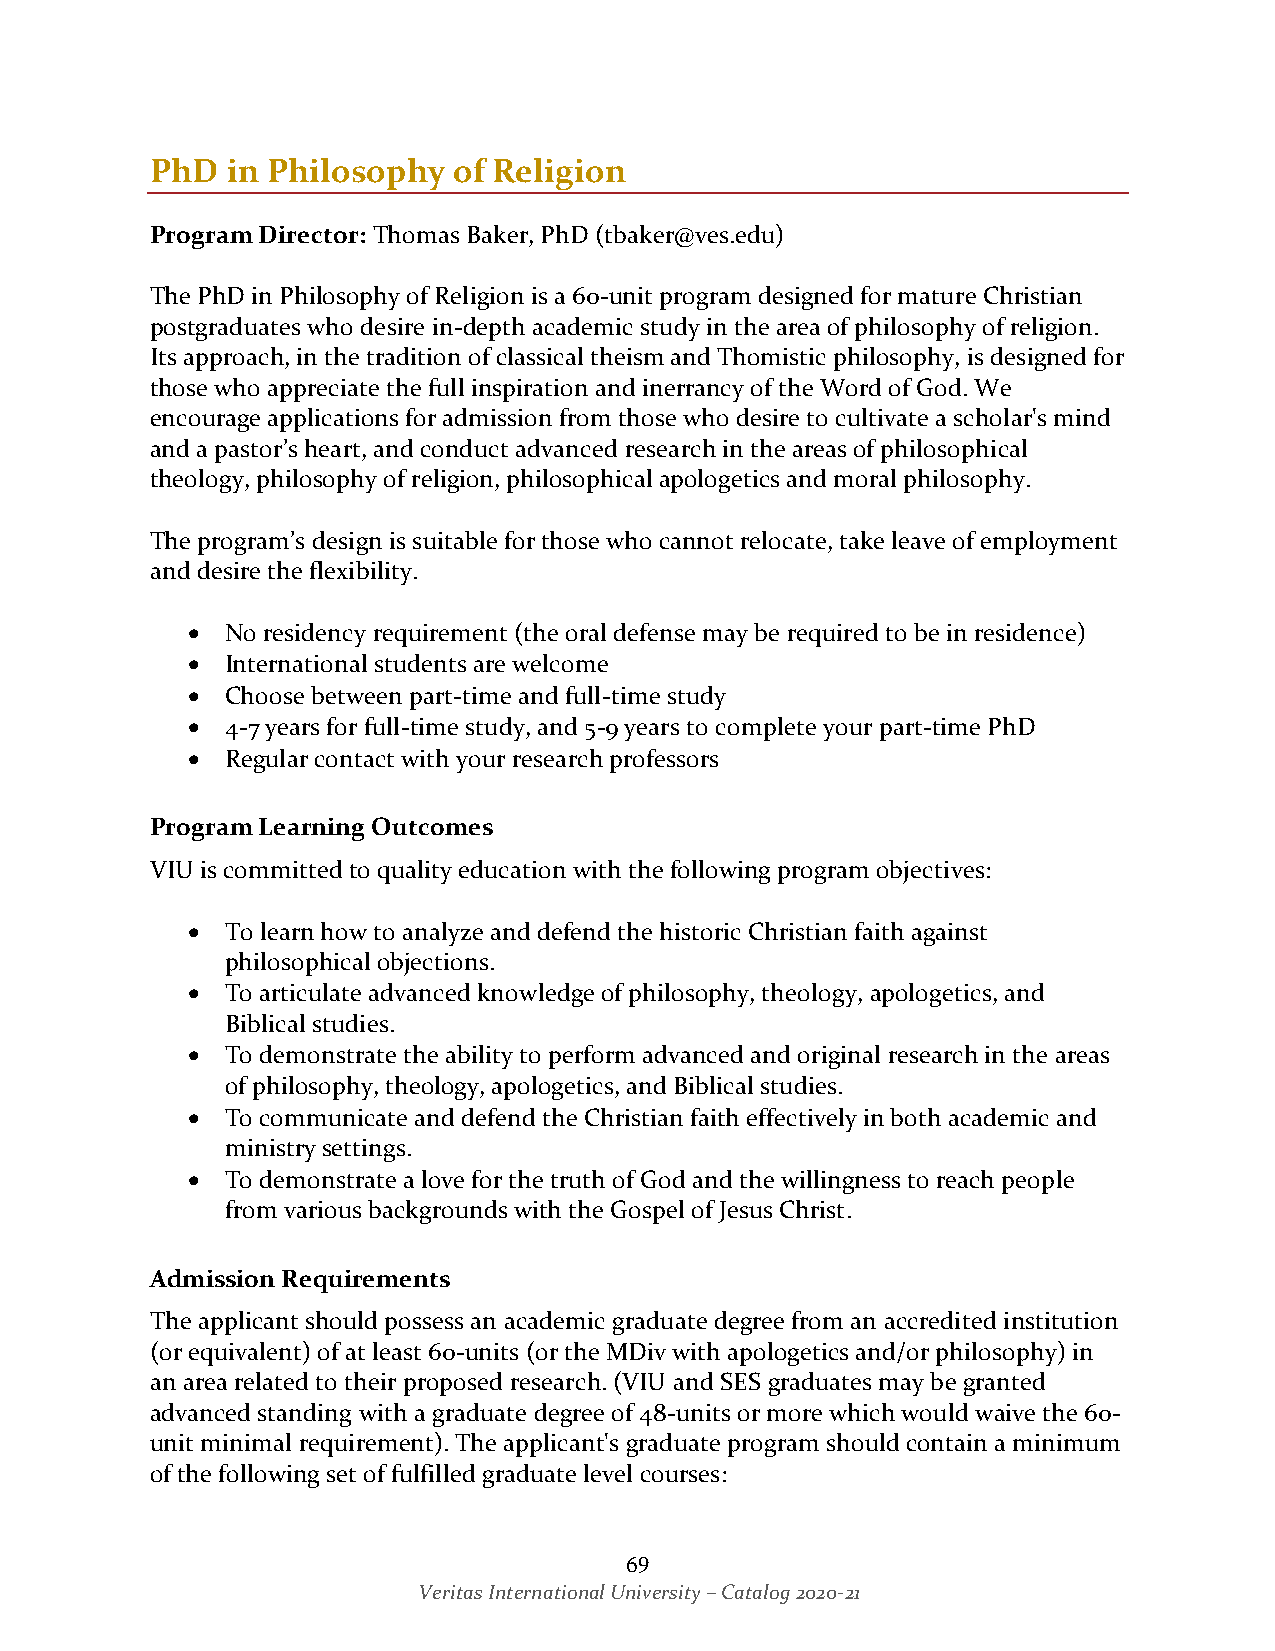
PhD  in Philosophy  of Religion
 Program Director: Thomas Baker, PhD (tbaker@ves.edu)
 The PhD in Philosophy of Religion is a 60-unit program designed for mature Christian
 postgraduates who desire in-depth academic study in the area of philosophy of religion.
 Its approach, in the tradition of classical theism and Thomistic philosophy, is designed for
 those who appreciate the full inspiration and inerrancy of the Word of God. We
 encourage applications for admission from those who desire to cultivate a scholar's mind
 and a pastor’s heart, and conduct advanced research in the areas of philosophical
 theology, philosophy of religion, philosophical apologetics and moral philosophy.
 The program’s design is suitable for those who cannot relocate, take leave of employment
 and desire the flexibility.
 •  No residency requirement (the oral defense may be required to be in residence)
 •  International students are welcome
 •  Choose between part-time and full-time study
 •  4-7 years for full-time study, and 5-9 years to complete your part-time PhD
 •  Regular contact with your research professors
 Program Learning Outcomes
 VIU is committed to quality education with the following program objectives:
 •  To learn how to analyze and defend the historic Christian faith against
 philosophical objections.
 •  To articulate advanced knowledge of philosophy, theology, apologetics, and
 Biblical studies.
 •  To demonstrate the ability to perform advanced and original research in the areas
 of philosophy, theology, apologetics, and Biblical studies.
 •  To communicate and defend the Christian faith effectively in both academic and
 ministry settings.
 •  To demonstrate a love for the truth of God and the willingness to reach people
 from various backgrounds with the Gospel of Jesus Christ.
 Admission Requirements
 The applicant should possess an academic graduate degree from an accredited institution
 (or equivalent) of at least 60-units (or the MDiv with apologetics and/or philosophy) in
 an area related to their proposed research. (VIU and SES graduates may be granted
 advanced standing with a graduate degree of 48-units or more which would waive the 60-
 unit minimal requirement). The applicant's graduate program should contain a minimum
 of the following set of fulfilled graduate level courses:
 69
 Veritas International University – Catalog 2020-21